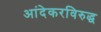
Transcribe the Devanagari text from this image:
आंदेकरविरुद्ध